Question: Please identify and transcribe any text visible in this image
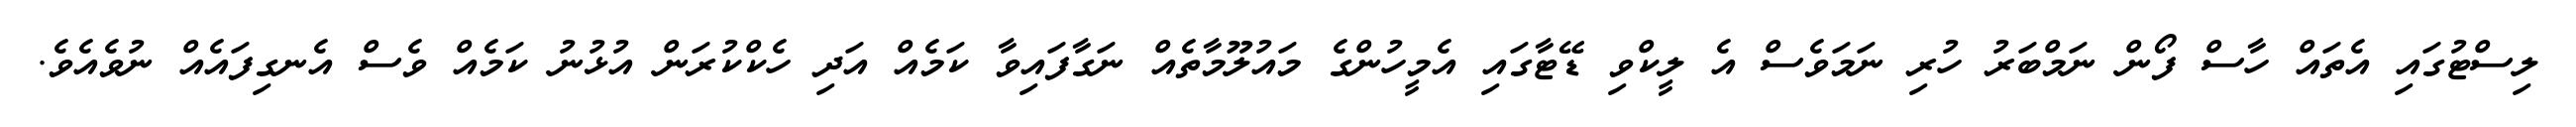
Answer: ލިސްޓުގައި އެތައް ހާސް ފޯން ނަމްބަރު ހުރި ނަމަވެސް އެ ލީކްވި ޑޭޓާގައި އެމީހުންގެ މައުލޫމާތެއް ނަގާފައިވާ ކަމެއް އަދި ހެކްކުރަން އުޅުނު ކަމެއް ވެސް އެނގިފައެއް ނުވެއެވެ.